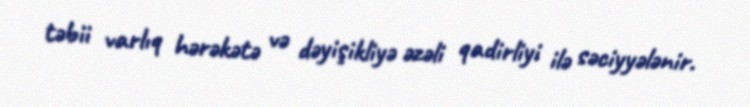
təbii varlıq hərəkətə və dəyişikliyə əzəli qadirliyi ilə səciyyələnir.